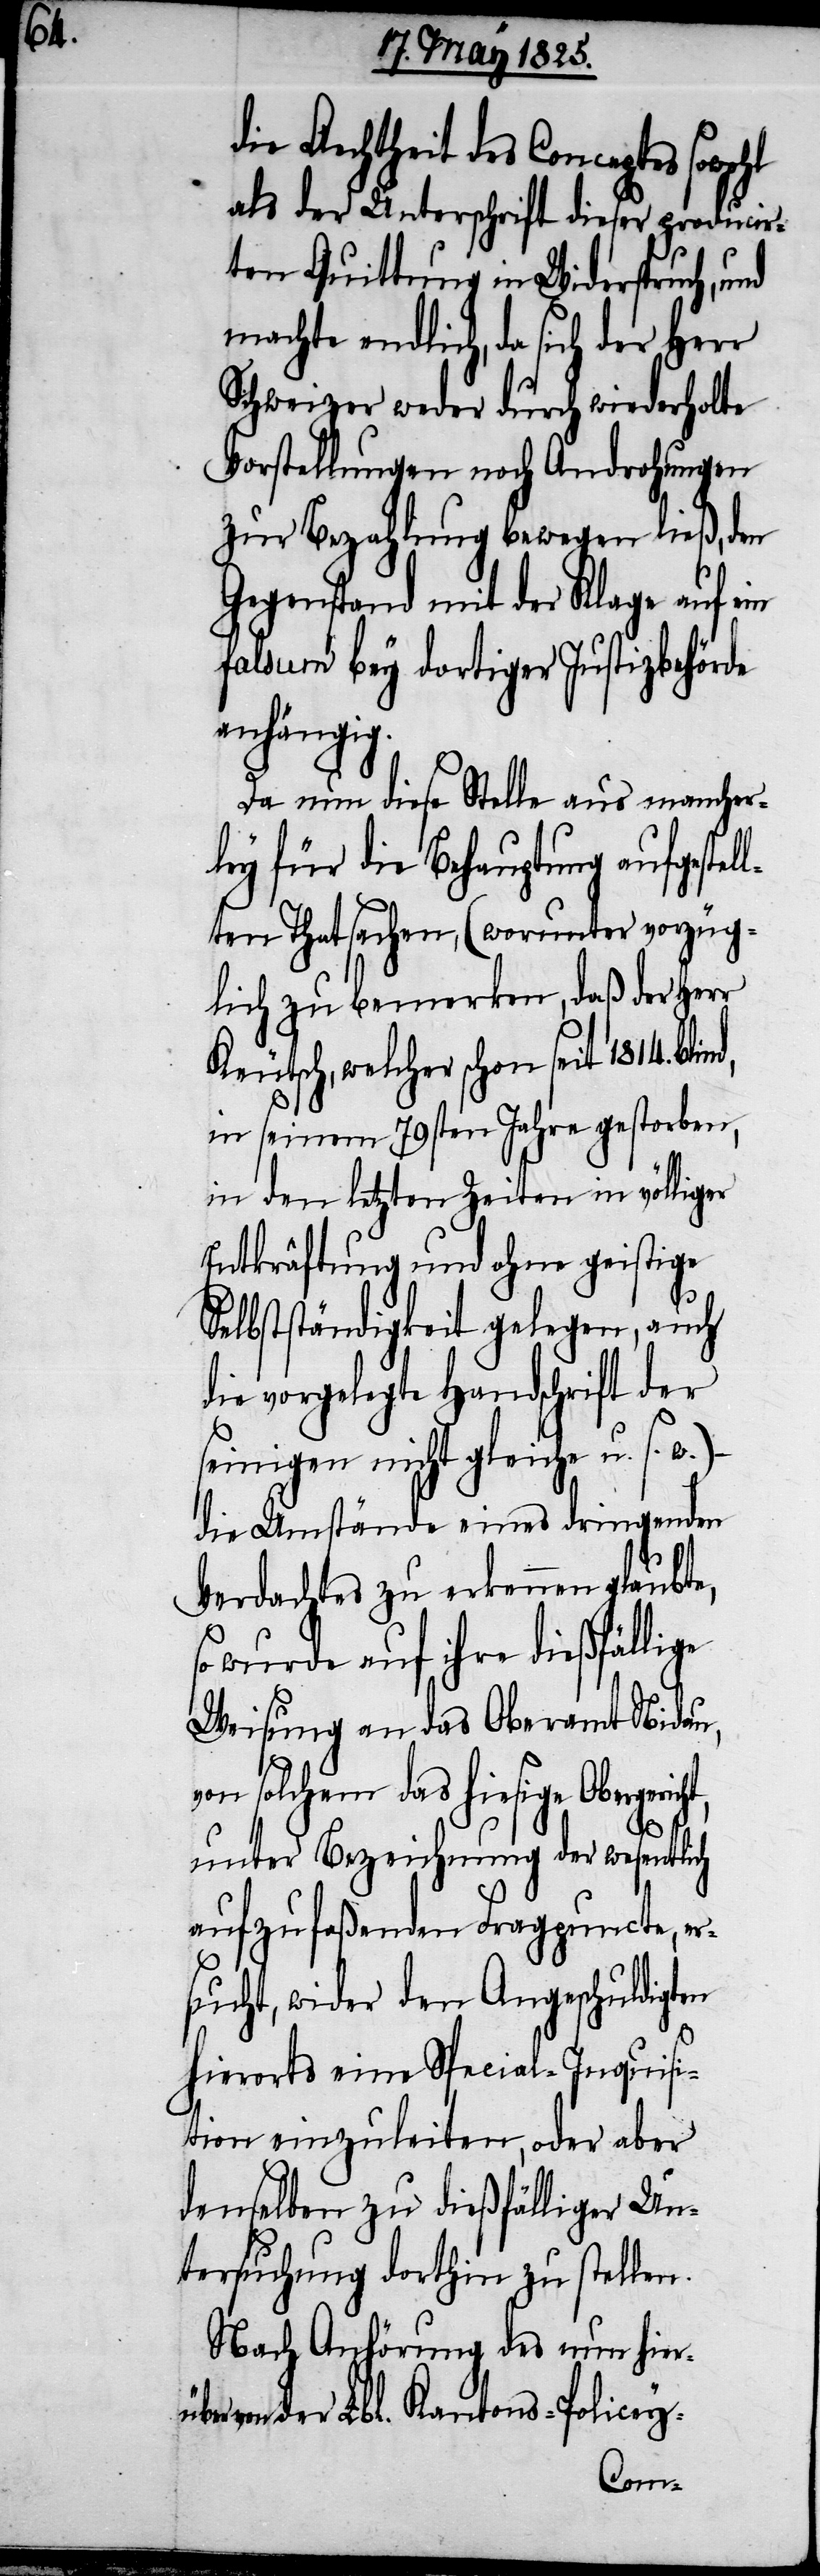
ber

die Aechtheit des Conceptes sowohl
als der Unterschrift dieser producir¬
ten Quittung in Widerspruch, und
machte endlich, da sich der Herr
Schweizer weder durch wiederholte
Vorstellungen noch Androhungen
zur Bezahlung bewegen ließ, den
Gegenstand mit der Klage auf ein
falsum bey dortiger Justizbehörde
anhängig.
Da nun diese Stelle aus mancher¬
ley für die Behauptung aufgestel¬
lten Thatsachen, (worunter vorzüg¬
lich zu bemerken, daß der Herr
Keutsch, welcher schon seit 1814. bli¬
in seinem 79sten Jahre gestorben,
in den letzten Zeiten in völliger
Entkräftung und ohne geistige
Selbstständigkeit gelegen, auch
die vorgelegte Handschrift der
seinigen nicht gleiche u. s.
die Umstände eines dringenden
Verdachtes zu erkennen glaubte,
so wurde auf ihre dießfällige
Weisung an das Oberamt Nidau,
solchem das hiesige
unter Bezeichnung der wesentlich
aufzufaßenden Fragpuncte, er¬
sucht, wider den Angeschuldigten
hierorts eine Special-Inquisi¬
tion einzuleiten, oder aber
denselben zu dießfälliger Un¬
tersuchung dorthin zu stellen.
Nach Anhörung des nun hierü¬
von der Lbl. Kantons-Policey-